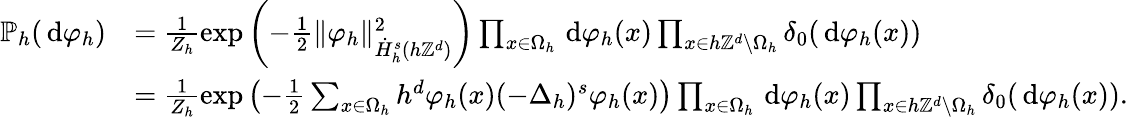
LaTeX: \begin{array}{rl}{\mathbb{P}_{h}(\, \mathrm{d}\varphi_{h})}&{=\frac{1}{Z_{h}}\exp\left(-\frac 12\| \varphi_{h}\| _{\dot{H}_{h}^{s}(h\mathbb{Z}^{d})}^{2}\right)\prod_{x\in\Omega_{h}}\, \mathrm{d}\varphi_{h}(x)\prod_{x\in h\mathbb{Z}^{d}\setminus\Omega_{h}}\delta_{0}(\, \mathrm{d}\varphi_{h}(x))}\\ &{=\frac{1}{Z_{h}}\exp\left(-\frac 12\sum_{x\in\Omega_{h}}h^{d}\varphi_{h}(x)(-\Delta_{h})^{s}\varphi_{h}(x)\right)\prod_{x\in\Omega_{h}}\, \mathrm{d}\varphi_{h}(x)\prod_{x\in h\mathbb{Z}^{d}\setminus\Omega_{h}}\delta_{0}(\, \mathrm{d}\varphi_{h}(x)).}\end{array}